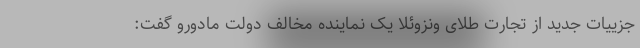
جزییات جدید از تجارت طلای ونزوئلا یک نماینده مخالف دولت مادورو گفت: